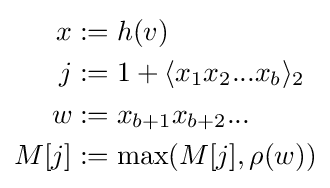
{\begin{aligned}x&:=h(v)\\j&:=1+\langle x_{1}x_{2}...x_{b}\rangle _{2}\\w&:=x_{b+1}x_{b+2}...\\M[j]&:=\max(M[j],\rho (w))\\\end{aligned}}